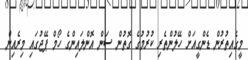
މީގެއިތުރުން ޑެންގީއަށް ހޭލުންތެރި ކުރުމުގެ ގޮތުން ސަން އޮންލައިންގެ ހޯމް ޕޭޖުގައި މިރެއިން